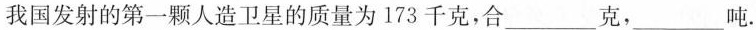
我国发射的第一颗人造卫星的质量为173千克，合___克，___吨.